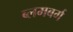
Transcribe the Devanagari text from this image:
ब्लमबर्ग